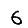
Digit: 6